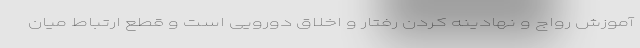
آموزش رواج و نهادینه کردن رفتار و اخلاق دورویی است و قطع ارتباط میان